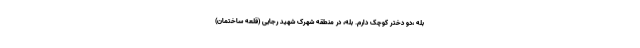
بله ،دو دختر کوچک دارم. بله، در منطقه شهرک شهید رجایی (قلعه ساختمان)